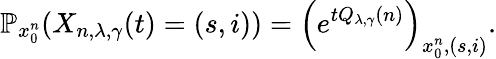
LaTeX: \mathbb{P}_{x_{0}^{n}}(X_{n,\lambda,\gamma}(t)=(s,i))=\left(e^{tQ_{\lambda,\gamma}(n)}\right)_{x_{0}^{n},(s,i)}.